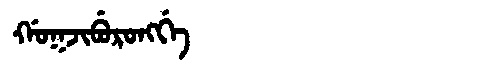
Manchu: ᡤᠣᡴᠵᡳᠪᡠᡵᠣᠩᡤᡝ
Romanization: GOKJIBURONGGE